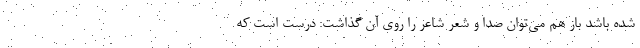
شده باشد باز هم می‌توان صدا و شعر شاعر را روی آن گذاشت: درست است که